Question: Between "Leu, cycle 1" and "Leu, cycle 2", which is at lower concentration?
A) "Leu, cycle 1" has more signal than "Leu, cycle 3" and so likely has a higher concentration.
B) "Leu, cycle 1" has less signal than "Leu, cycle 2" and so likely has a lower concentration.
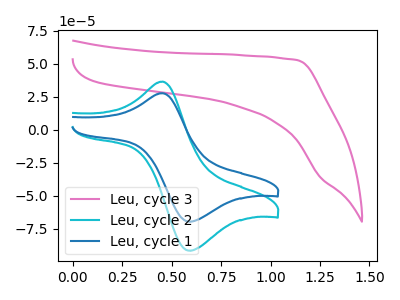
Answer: <think>The pink curve "Leu, cycle 3" has no peaks. The cyan curve "Leu, cycle 2" has an anodic peak at (0.45V, 36.45uA) and a cathodic peak at (0.60V, -91.45uA). The blue curve "Leu, cycle 1" has an anodic peak at (0.45V, 27.70uA) and a cathodic peak at (0.60V, -69.50uA).
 All the peaks in "Leu, cycle 1" have a peak in "Leu, cycle 2" at the same potential. Every peak in "Leu, cycle 1" is lower than every peak in "Leu, cycle 2".</think>
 <answer>B) "Leu, cycle 1" has less signal than "Leu, cycle 2" and so likely has a lower concentration.</answer>
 <eval>B</eval>